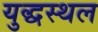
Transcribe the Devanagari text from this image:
युद्धस्‍थल